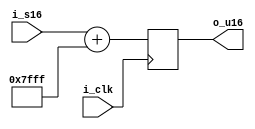
/*
* TITLE: s16_to_u16.v
* DESCRIPTION: Convert from 2s comp to unsigned binary
*/

module s16_to_u16(
  input i_clk,
  input signed [15:0] i_s16,
  output reg [15:0] o_u16
);

  always @ (posedge i_clk) begin
    o_u16 <= i_s16 + 16'd32767;
  end

endmodule